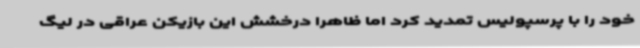
خود را با پرسپولیس تمدید کرد اما ظاهرا درخشش این بازیکن عراقی در لیگ